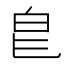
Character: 𭽇